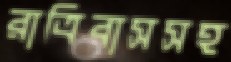
রাত্রিবাসসহ